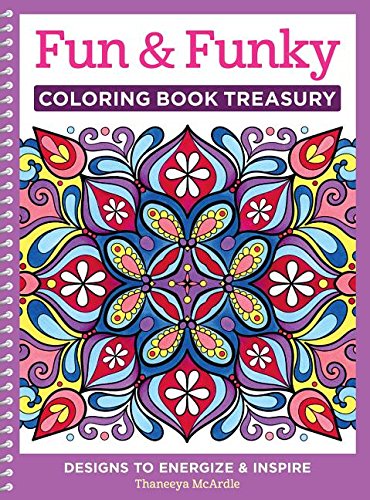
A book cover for Fun & Funky Coloring Book Treasury: Designs to Energize and Inspire (Coloring Collection); Thaneeya McArdle; Arts & Photography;